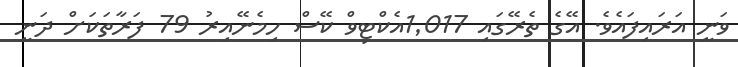
ވަނީ އަރައިފައެވެ. އޭގެ ތެރޭގައި 1